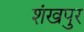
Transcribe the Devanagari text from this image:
शंखपुर